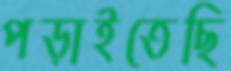
পড়াইতেছি